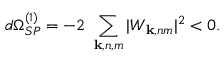
d \Omega _ { S P } ^ { ( 1 ) } = - 2 ~ \sum _ { { \bf k } , n , m } | W _ { { \bf k } , n m } | ^ { 2 } < 0 .